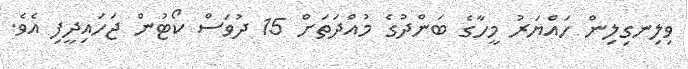
ވިލިނގިލިން ހައްޔަރު މީހާގެ ބަންދުގެ މުއްދަތަށް 15 ދުވަސް ކޯޓުން ޖަހައިދީފި އެވެ.